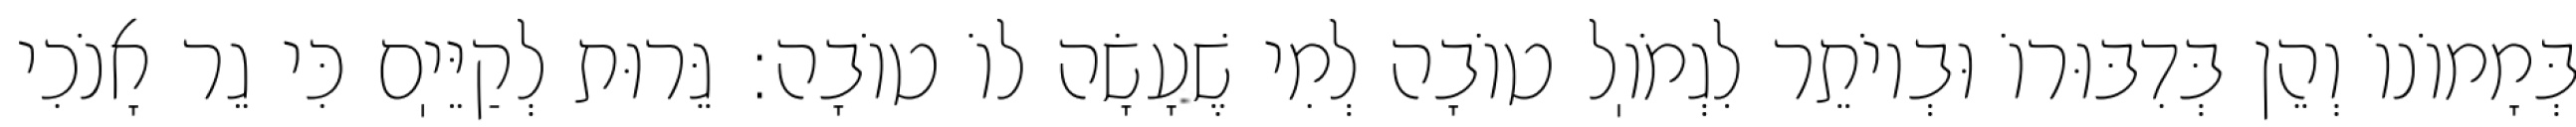
בְּמָמוֹנוֹ וְהֵן בְּדִבּוּרוֹ וּבְיוֹתֵר לִגְמֹוֽל טוֹבָה לְמִי שֶׁעָשָׂה לוֹ טוֹבָה: גֵּרוּת לְקַיֵּיֽם כִּי גֵר אָנֹכִי